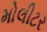
મોલીટર